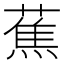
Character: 蕉